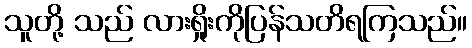
သူတို့ သည် လားရှိုးကိုပြန်သတိရကြသည်။